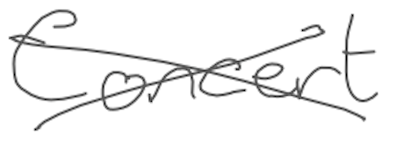
Text: Concert
Cross-out: mix
Writing tool: digital_gray